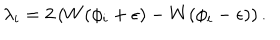
LaTeX: \lambda _ { i } = 2 \left( W ( \phi _ { i } + \epsilon ) - W ( \phi _ { i } - \epsilon ) \right) .